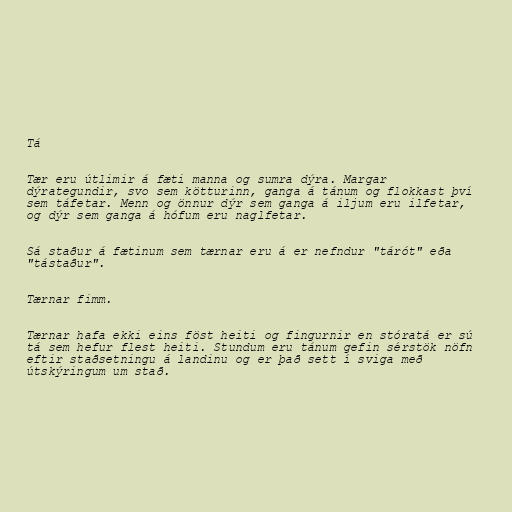
Tá

Tær eru útlimir á fæti manna og sumra dýra. Margar
dýrategundir, svo sem kötturinn, ganga á tánum og flokkast því
sem táfetar. Menn og önnur dýr sem ganga á iljum eru ilfetar,
og dýr sem ganga á hófum eru naglfetar.

Sá staður á fætinum sem tærnar eru á er nefndur "tárót" eða
"tástaður".

Tærnar fimm.

Tærnar hafa ekki eins föst heiti og fingurnir en stóratá er sú
tá sem hefur flest heiti. Stundum eru tánum gefin sérstök nöfn
eftir staðsetningu á landinu og er það sett í sviga með
útskýringum um stað.